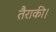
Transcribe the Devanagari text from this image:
तैराकी।